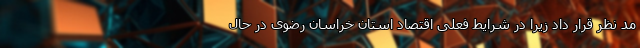
مد نظر قرار داد زیرا در شرایط فعلی اقتصاد استان خراسان رضوی در حال